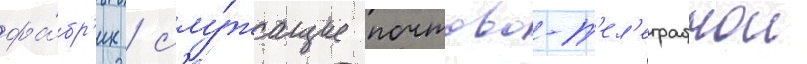
фа́бр'ик / слу́жащие почтово-т'ел'еграфнои